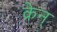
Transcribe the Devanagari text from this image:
केन्